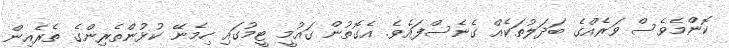
ކޮންމެވެސް ވަރެއްގެ ބަދަލުތަކެއް ގެނެސްފައެވެ. އެގޮތުން ގައުމީ ޓީމުގައި ހިމެނޭ ކުޅުންތެރިންގެ ތެރެއިން